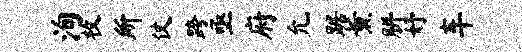
洵枚所仗跨亟府允踞薰胼妤车